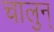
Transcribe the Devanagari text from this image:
चालुन्